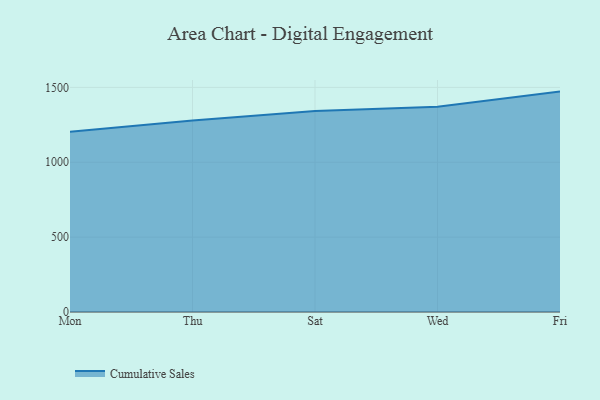
{"axis": {"x": "Day", "y": "Shipments"}, "legend": ["Cumulative Sales"], "data": [{"x": "Mon", "y": 1203.0, "type": "Cumulative Sales"}, {"x": "Thu", "y": 1279.3, "type": "Cumulative Sales"}, {"x": "Sat", "y": 1341.9, "type": "Cumulative Sales"}, {"x": "Wed", "y": 1371.3, "type": "Cumulative Sales"}, {"x": "Fri", "y": 1471.8, "type": "Cumulative Sales"}]}